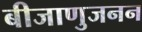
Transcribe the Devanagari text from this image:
बीजाणुजनन